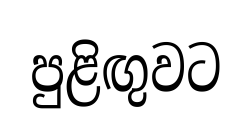
පුළිඟුවට